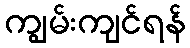
ကျွမ်းကျင်ရန်